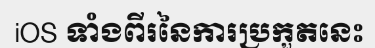
iOS ទាំងពីរនៃការប្រកួតនេះ